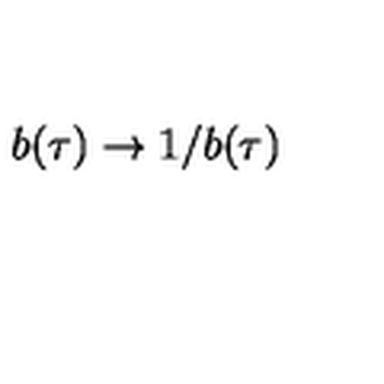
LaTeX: b ( \tau ) \rightarrow 1 / b ( \tau )